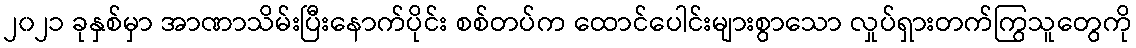
၂၀၂၁ ခုနှစ်မှာ အာဏာသိမ်းပြီးနောက်ပိုင်း စစ်တပ်က ထောင်ပေါင်းများစွာသော လှုပ်ရှားတက်ကြွသူတွေကို